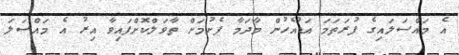
އެ މައްސަލައިގެ ފުރަތަމަ އަޑުއެހުން މާދަމާ ފެށުމަށް ތާވަލްކޮށްފައިވާ އިރު އެ މައްސަލަ